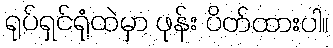
ရုပ်ရှင်ရုံထဲမှာ ဖုန်း ပိတ်ထားပါ။